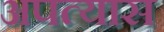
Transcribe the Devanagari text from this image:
अपत्यास